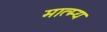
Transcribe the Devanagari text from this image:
मात्म्य